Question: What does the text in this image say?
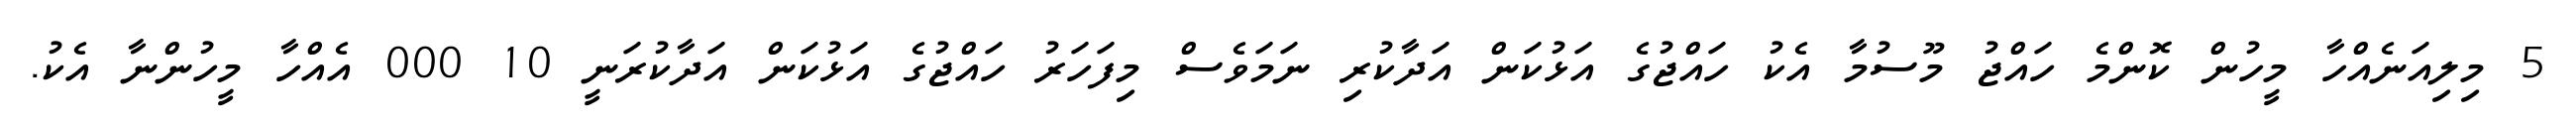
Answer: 5 މިލިއަނެއްހާ މީހުން ކޮންމެ ހައްޖު މޫސުމާ އެކު ހައްޖުގެ އަޅުކަން އަދާކުރި ނަމަވެސް މިފަހަރު ހައްޖުގެ އަޅުކަން އަދާކުރަނީ 10 000 އެއްހާ މީހުންނާ އެކު.